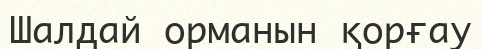
Шалдай орманын қорғау